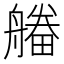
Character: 𤳔